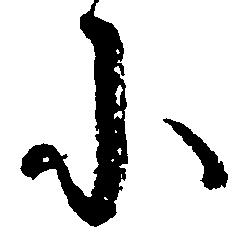
に